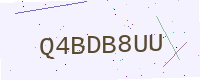
Text: Q4BDB8UU